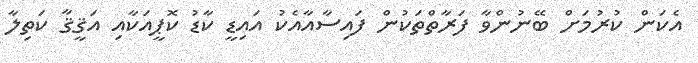
އެކަން ކުރުމަށް ބޭނުންވާ ފަރާތްތަކުން ފައިސާއާއެކު އައިޑީ ކާޑު ކޮޕީއަކާއި އަޤީޤާ ކަތިލާ